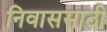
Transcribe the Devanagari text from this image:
निवाससाठी